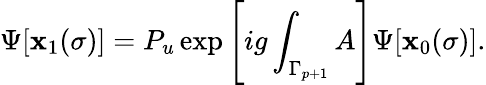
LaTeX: \Psi[\mathbf{x}_{1}(\sigma)]=P_{u}\exp\left[ig\int_{\Gamma_{p+1}}A\right]\Psi[\mathbf{x}_{0}(\sigma)].